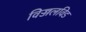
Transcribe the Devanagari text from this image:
विज्जलविड